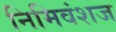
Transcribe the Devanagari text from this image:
निमिवंशज